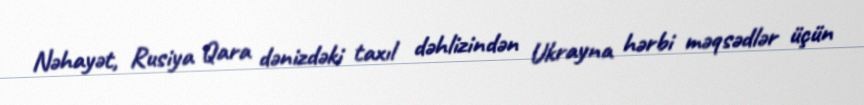
Nəhayət, Rusiya Qara dənizdəki taxıl dəhlizindən Ukrayna hərbi məqsədlər üçün